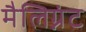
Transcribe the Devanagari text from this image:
मैलिग्नंट